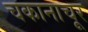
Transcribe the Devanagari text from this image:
चकानाचूर